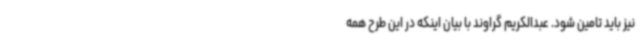
نیز باید تامین شود. عبدالکریم گراوند با بیان اینکه در این طرح همه